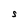
Character: S